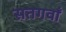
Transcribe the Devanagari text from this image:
सतगवाँ